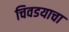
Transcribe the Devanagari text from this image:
चिवडयाचा